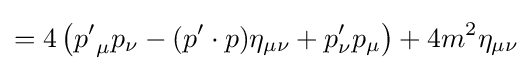
=4\left({p'}_{\mu }p_{\nu }-(p'\cdot p)\eta _{\mu \nu }+p'_{\nu }p_{\mu }\right)+4m^{2}\eta _{\mu \nu }